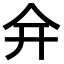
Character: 𠇋